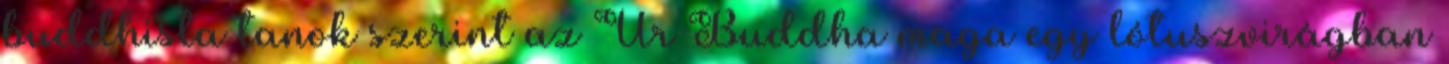
buddhista tanok szerint az Úr Buddha maga egy lótuszvirágban